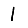
Digit: 1